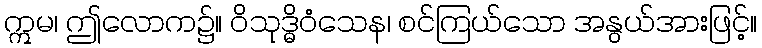
ဣမ၊ ဤလောက၌။ ဝိသုဒ္ဓိဝံသေန၊ စင်ကြယ်သော အနွယ်အားဖြင့်။